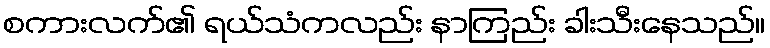
စကားလက်၏ ရယ်သံကလည်း နာကြည်း ခါးသီးနေသည်။